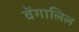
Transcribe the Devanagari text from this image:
वेंगालिल